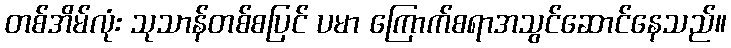
တစ်အိမ်လုံး သုသာန်တစ်စပြင် ပမာ ကြောက်စရာအသွင်ဆောင်နေသည်။